Report of veterinary surgeon J.H. Steel, A.V.D., on his investigation into an obscure and fatal disease among transport mules in British Burma
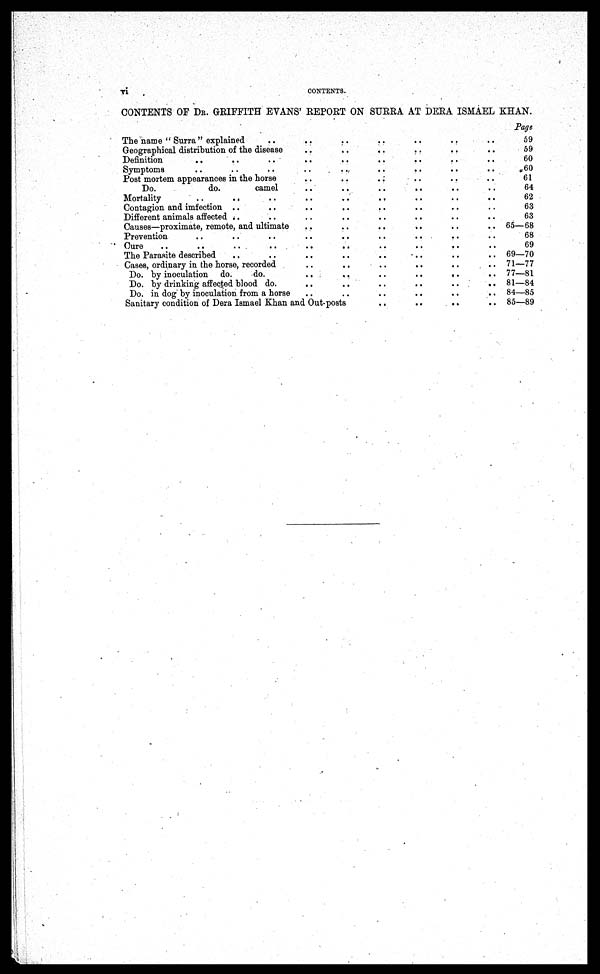
vi CONTENTS.
CONTENTS OF DR. GRIFFITH EVANS' REPORT ON SURRA AT DERA ISMAEL KHAN.
The name " Surra" explained
Geographical distribution of the disease
Definition
Symptoms
Post mortem appearances in the horse
Do.
do.
camel
Mortality
Contagion and imfection
Different animals affected
Causes—proximate, remote, and ultimate
Prevention
Cure
The Parasite described
Cases, ordinary in the horse, recorded
Do. by inoculation do.
do.
Do. by drinking affected blood do.
Do. in dog by inoculation from a horse
..
..
..
..
..
..
..
..
..
..
..
..
..
..
..
..
..
..
..
..
..
..
..
..
..
..
..
..
..
..
..
..
..
..
..
..
Sanitary condition of Dera Ismael Khan and Out-posts
..
..
..
..
..
..
..
..
..
..
..
..
..
..
..
..
..
..
..
..
..
..
..
..
..
..
..
..
..
..
..
..
..
..
..
..
..
..
..
..
..
..
..
..
..
..
..
..
..
..
..
..
..
..
..
..
..
..
..
..
..
..
..
..
..
..
..
..
..
..
..
..
..
..
..
..
Page
59
59
60
60
61
64
62
63
63
65—68
68
69
69—70
71—77
77—81
81—84
84—85
85—89